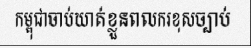
កម្ពុជាចាប់ឃាត់ខ្លួនពលករខុសច្បាប់